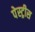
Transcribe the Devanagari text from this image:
पेस्ट्रीस